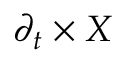
\partial _ { t } \times X